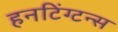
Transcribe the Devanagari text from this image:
हनटिंग्टन्स